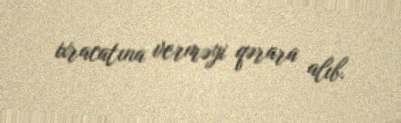
ixracatına verməyi qərara alıb.